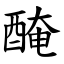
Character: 醃